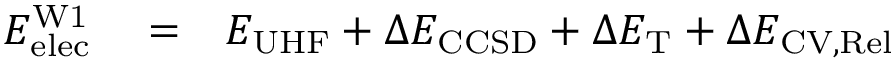
\begin{array} { r l r } { E _ { \mathrm { e l e c } } ^ { \mathrm { W 1 } } } & { { } = } & { E _ { \mathrm { U H F } } + \Delta E _ { \mathrm { C C S D } } + \Delta E _ { \mathrm { T } } + \Delta E _ { \mathrm { C V , R e l } } } \end{array}